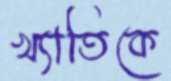
খ্যাতিকে